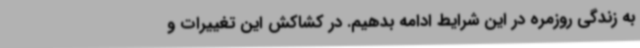
به زندگی روزمره در این شرایط ادامه بدهیم. در کشاکش این تغییرات و